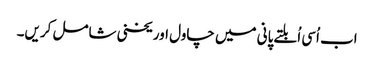
اب اُسی اُبلتے پانی میں چاول اور یخنی شامل کریں۔